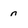
Character: n